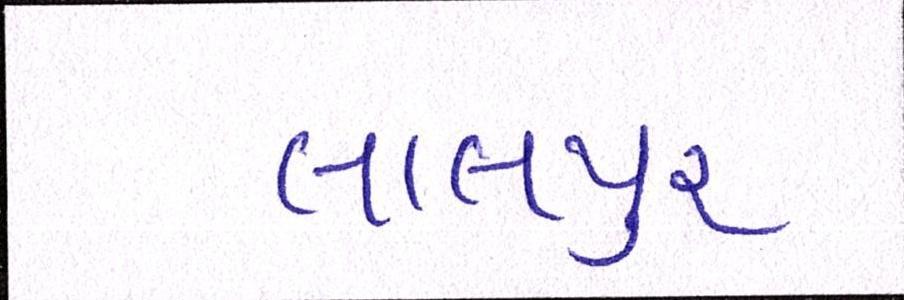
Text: લાલપુર